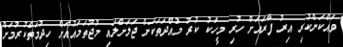
ވައްކަންކުރި އިރު ފާރައަށް ހުރި މީހަކު ކުރު މުއްދަތަކަށް ޖަލަށްލައި މުޖުތަމައުއަށް ހިދުމަތްކުރުމަށް